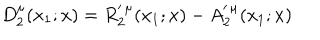
LaTeX: D _ { 2 } ^ { \mu } ( x _ { 1 } ; x ) = R _ { 2 } ^ { \prime \, \mu } ( x _ { 1 } ; x ) - A _ { 2 } ^ { \prime \, \mu } ( x _ { 1 } ; x )